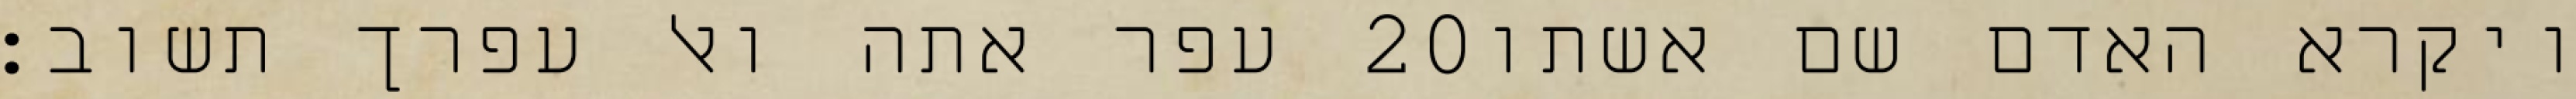
עפר אתה ואל עפרך תשוב׃ ‎20‏ ויקרא האדם שם אשתו